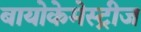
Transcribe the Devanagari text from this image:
बायोकेमेस्ट्रीज